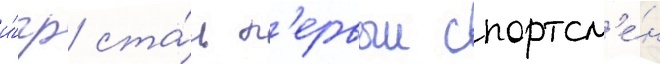
и́гр ста́л п'ервыи спортсм'е́н